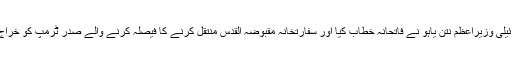
اس موقع پر اسرائیلی وزیراعظم نتن یاہُو نے فاتحانہ خطاب کیا اور سفارتخانہ مقبوضہ القدس منتقل کرنے کا فیصلہ کرنے والے صدر ٹرمپ کو خراجِ تحسین پیش کیا۔